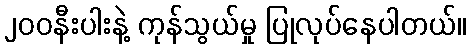
၂၀၀နီးပါးနဲ့ ကုန်သွယ်မှု ပြုလုပ်နေပါတယ်။